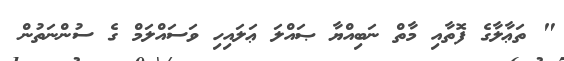
" ތަޢާލާގެ ފޮތާއި މާތް ނަބިއްޔާ ޞައްލަ ޢަލައިހި ވަސައްލަމް ގެ ސުންނަތުން